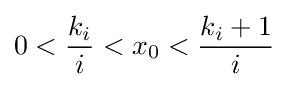
0<{\frac {k_{i}}{i}}<x_{0}<{\frac {k_{i}+1}{i}}